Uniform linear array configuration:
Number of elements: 8
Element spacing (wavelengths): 0.75
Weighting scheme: hann
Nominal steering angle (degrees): -45
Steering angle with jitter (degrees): -46.874
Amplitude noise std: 0.05
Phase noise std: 0.05

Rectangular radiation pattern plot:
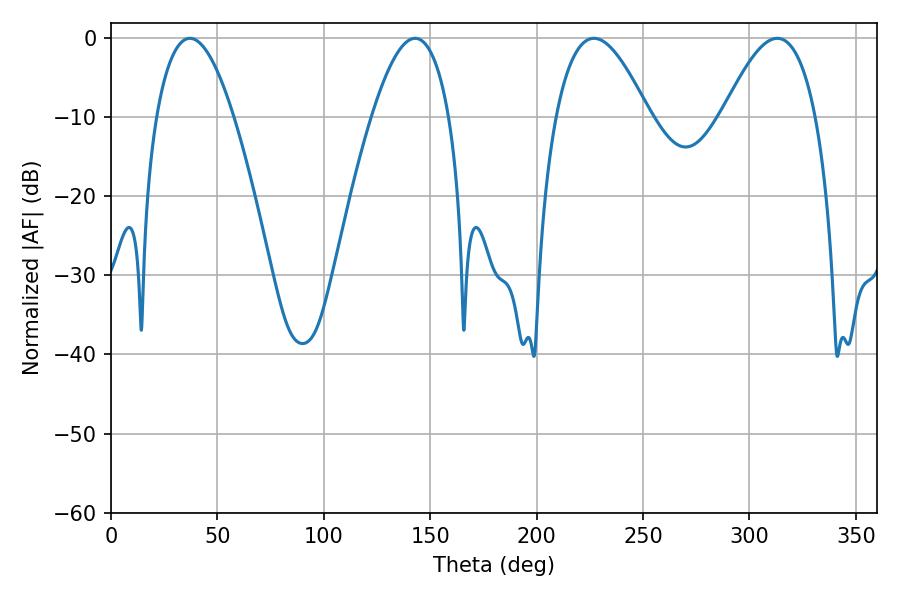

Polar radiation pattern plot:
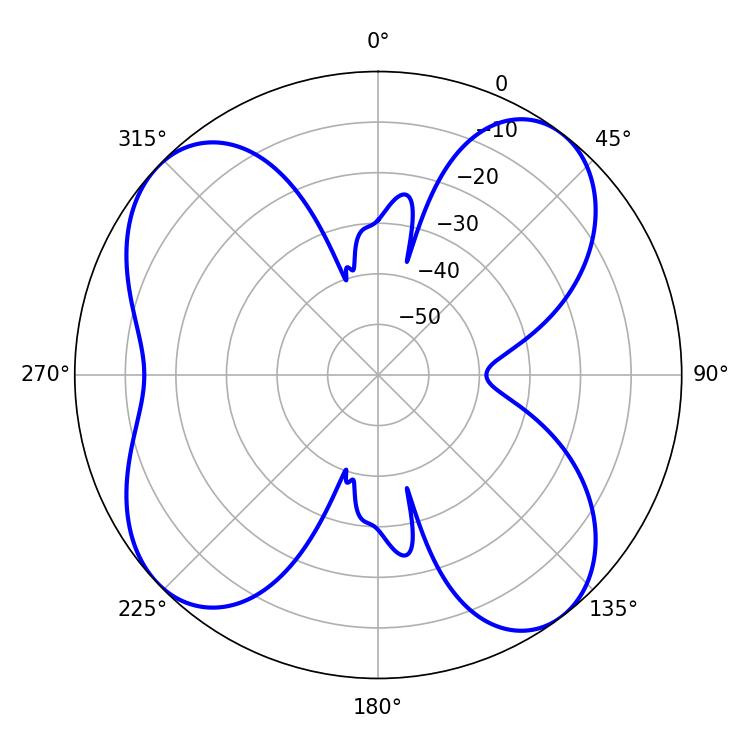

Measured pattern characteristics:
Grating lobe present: TRUE
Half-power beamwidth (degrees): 19.98
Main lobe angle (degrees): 37.08